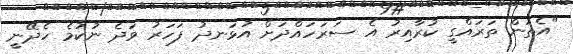
"އެތަން ތަރައްގީ ކުރާއިރު އެ ސަރަހައްދަށް އުޅަނދު ފަހަރު ވަދެ ނުކުމެ ހެދޭނީ